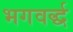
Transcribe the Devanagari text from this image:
भगवर्द्ध